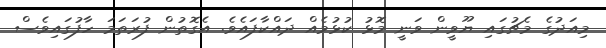
މިއަދުގެ މެޗުގައި ޔޫވީން ވަނީ މޮޅު ކުޅުމެއް ދައްކާފައެވެ. އެގޮތުން ފުރަތަމަ ހާފުގައިވެސް